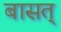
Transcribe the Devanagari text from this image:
बासत्